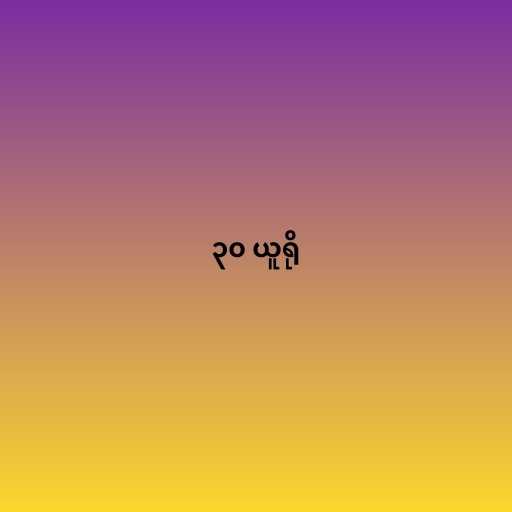
၃၀ ယူရို